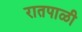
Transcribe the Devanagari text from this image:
रातपाळी